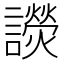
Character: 𧭓